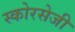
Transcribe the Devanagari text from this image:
स्कोरसेजी